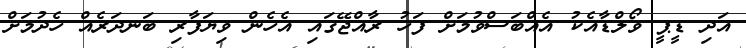
އަދި ޑީޕީ ވޯލްޑާއެކު އެއްބަސްވުމަށް ފަހު ރާއްޖޭގައި އެހެން ވިޔަފާރި ބަނދަރެއް ހެދުމަށް